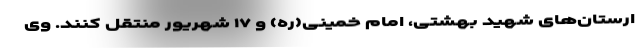
ارستان‌های شهید بهشتی، امام خمینی(ره) و ۱۷ شهریور منتقل کنند. وی